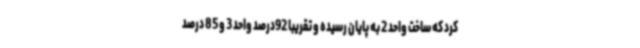
کرد که ساخت واحد 2 به پایان رسیده و تقریبا 92درصد واحد 3 و 85 درصد